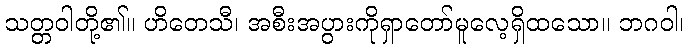
သတ္တဝါတို့၏။ ဟိတေသီ၊ အစီးအပွားကိုရှာတော်မူလေ့ရှိထသော။ ဘဂဝါ၊